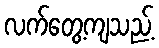
လက်တွေ့ကျသည့်